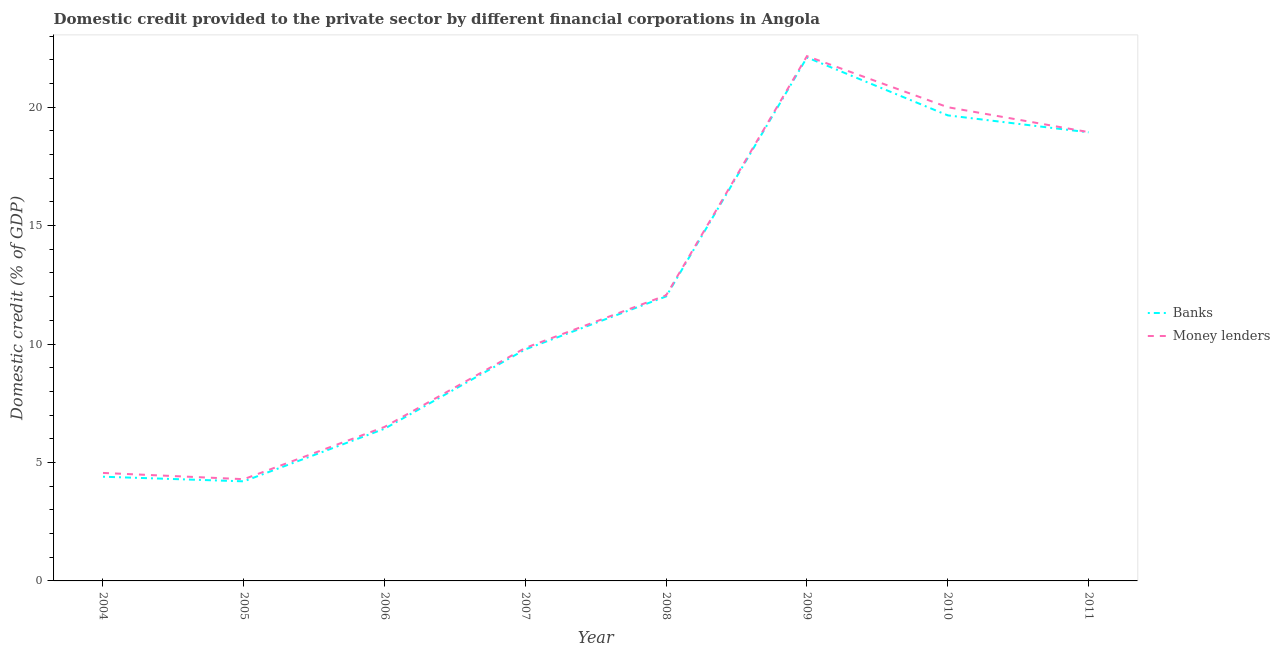
| Year | Banks | Money lenders |
 | --- | --- | --- |
 | 2004 | 4.4 | 4.56 |
 | 2005 | 4.2 | 4.29 |
 | 2006 | 6.43 | 6.5 |
 | 2007 | 9.77 | 9.84 |
 | 2008 | 12 | 12.1 |
 | 2009 | 22.1 | 22.2 |
 | 2010 | 19.7 | 20 |
 | 2011 | 18.9 | 18.9 |